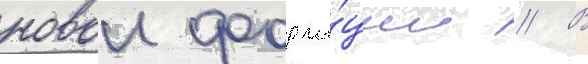
новои форма́ции // В